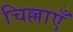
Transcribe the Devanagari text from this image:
चिल्लाएँ